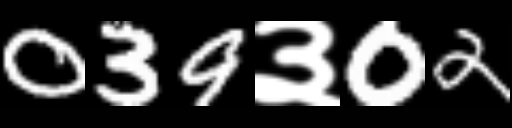
Text: 039३02